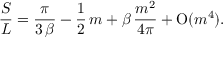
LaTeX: { \frac { S } { L } } = { \frac { \pi } { 3 \, \beta } } - { \frac { 1 } { 2 } } \, m + \beta \, { \frac { m ^ { 2 } } { 4 \pi } } + \mathrm { O } ( m ^ { 4 } ) .